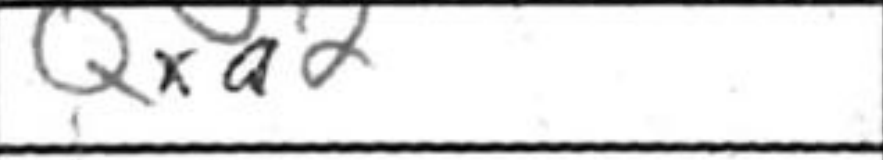
Transcription: Qxa2